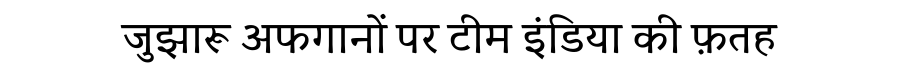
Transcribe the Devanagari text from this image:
जुझारू अफगानों पर टीम इंडिया की फ़तह